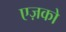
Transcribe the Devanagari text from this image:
एज़को